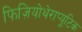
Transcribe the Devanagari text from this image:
फिज़ियोथेराप्यूटिक